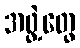
အဖွဲ့တွေ